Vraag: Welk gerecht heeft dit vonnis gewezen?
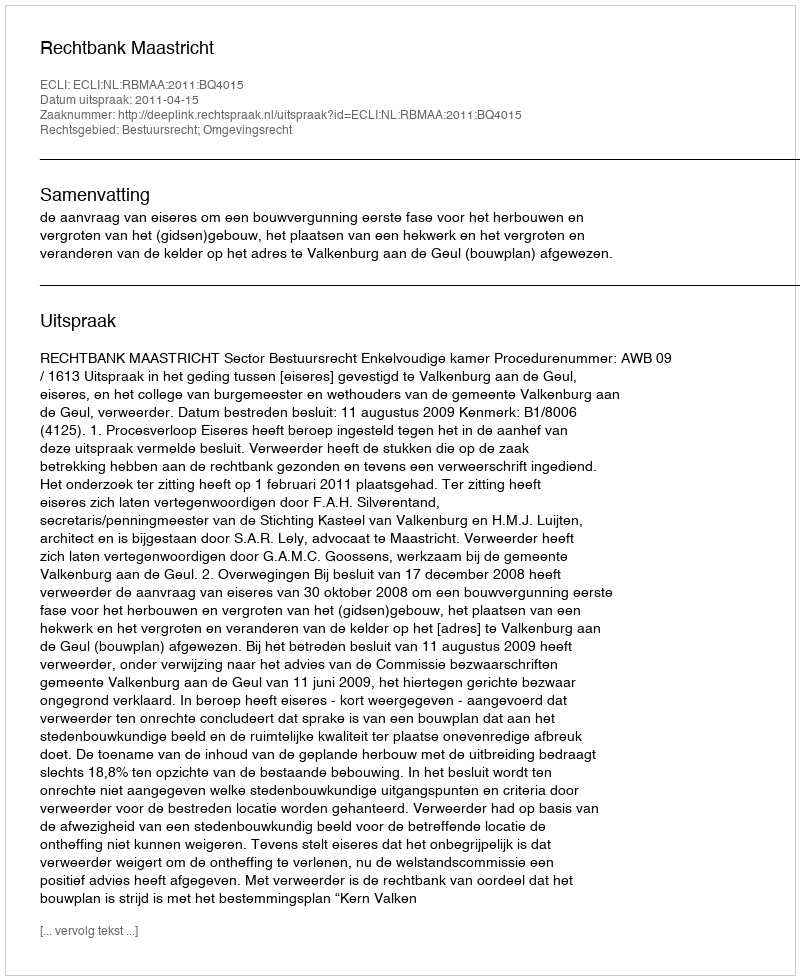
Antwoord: Rechtbank Maastricht